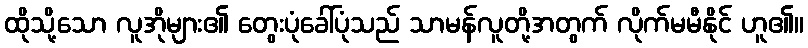
ထိုသို့သော လူအိုများ၏ တွေးပုံခေါ်ပုံသည် သာမန်လူတို့အတွက် လိုက်မမီနိုင် ဟူ၏။